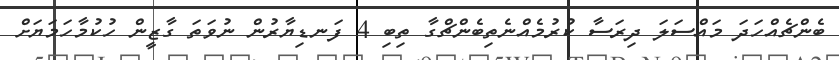
ބެންޗެއްހަދަ މައްސަލަ ދިރަސާ ކުރުމެއްނެތިބެންޗްގާ ތިބި 4 ފަނޑިޔާރުން ނުވަތަ ގާޒީން ހުކުމާހަމަޔަށް